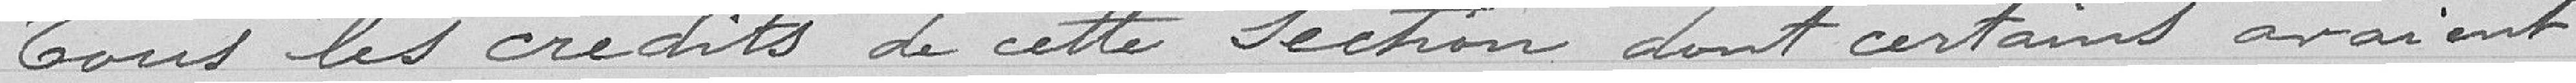
Tous les crédits de cette section dont certains avaient